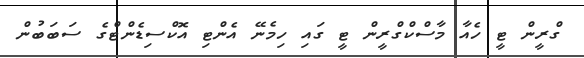
ގްރީން ޓީ ހެއާ މާސްކްގްރީން ޓީ ގައި ހިމެނޭ އެންޓި އޮކްސިޑެންޓްގެ ސަބަބުން